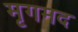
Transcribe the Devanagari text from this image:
मृगमद